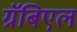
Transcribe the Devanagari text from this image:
ग्रॅबिएल